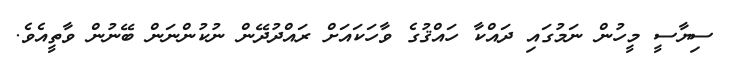
ސިޔާސީ މީހުން ނަމުގައި ދައްކާ ހައްޤުގެ ވާހަކައަށް ރައްދުދޭން ނުކުންނަން ބޭނުން ވާތީއެވެ.